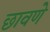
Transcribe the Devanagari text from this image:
छावणे